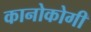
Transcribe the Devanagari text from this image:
कानोकोगी